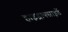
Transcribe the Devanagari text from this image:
हाइड्राक्साइडें